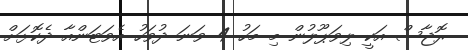
ރޮޖާސް އަކީ ލިވަޕޫލުން މި މަހު 4 ވަނަ ދުވަހު އެވަޓަންއާ ދެކޮޅަށް